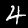
Digit: 4